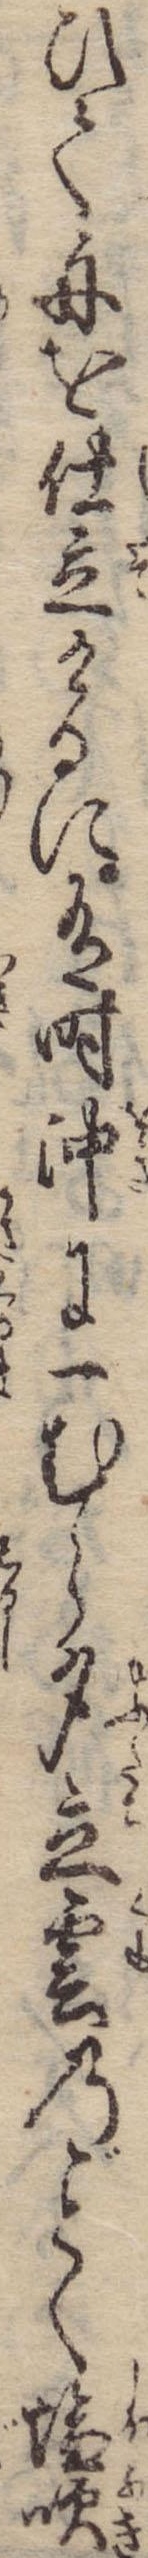
ひて舟を仕立けるに有時沖に一むら夕立雲のく塩吹